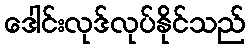
ဒေါင်းလုဒ်လုပ်နိုင်သည်